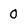
Character: 0